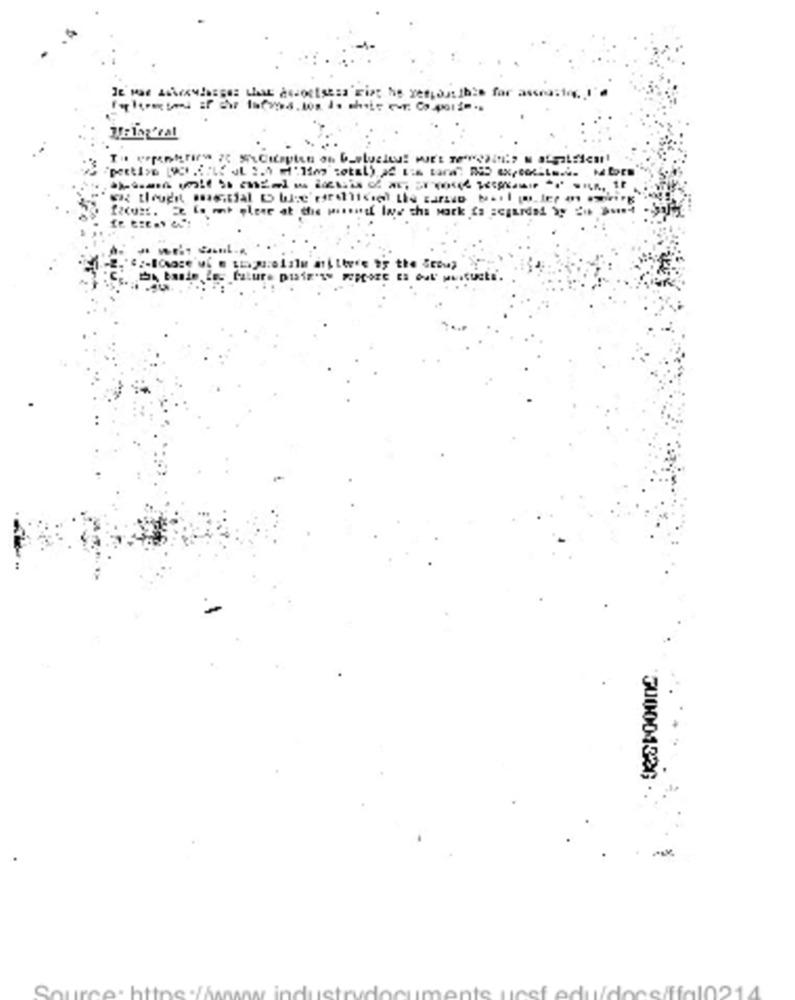
Teling'cal
ti.
300001326
te
eof edu/docs/ffal0214
Source: ht